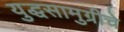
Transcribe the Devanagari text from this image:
युद्धसामुग्रीचे